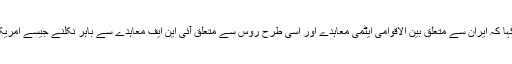
روس کے وزیر خارجہ سرگئی لاوروف نے کہا کہ ایران سے متعلق بین الاقوامی ایٹمی معاہدے اور اسی طرح روس سے متعلق آئی این ایف معاہدے سے باہر نکلنے جیسے امریکی اقدامات، مکمل طور پر غیر ذمہ دارانہ ہیں۔